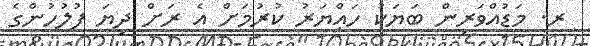
ރ. މަޑުއްވަރިން ބަޔަކު ހައްޔަރު ކުރުމަށް އެ ރަށް ދިޔަ ފުލުހުންގެ